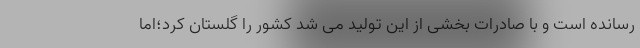
رسانده‌ است و با صادرات بخشی از این تولید می شد کشور را گلستان کرد؛اما